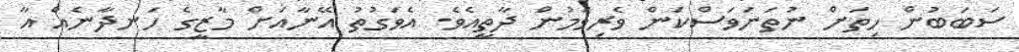
ސަބަބުން ހިތަށް ނުތަނަވަސްކަން ވެރިވަމުން ދާތީއެވެ. އެވަގުތު އޭނާއަށް މާޒީގެ ހަނދާނެއް އާ